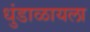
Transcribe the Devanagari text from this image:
धुंडाळायला